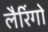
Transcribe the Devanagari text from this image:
लैरिंगो